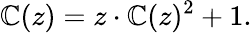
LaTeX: \mathbb{C}(z)=z\cdot\mathbb{C}(z)^{2}+1.